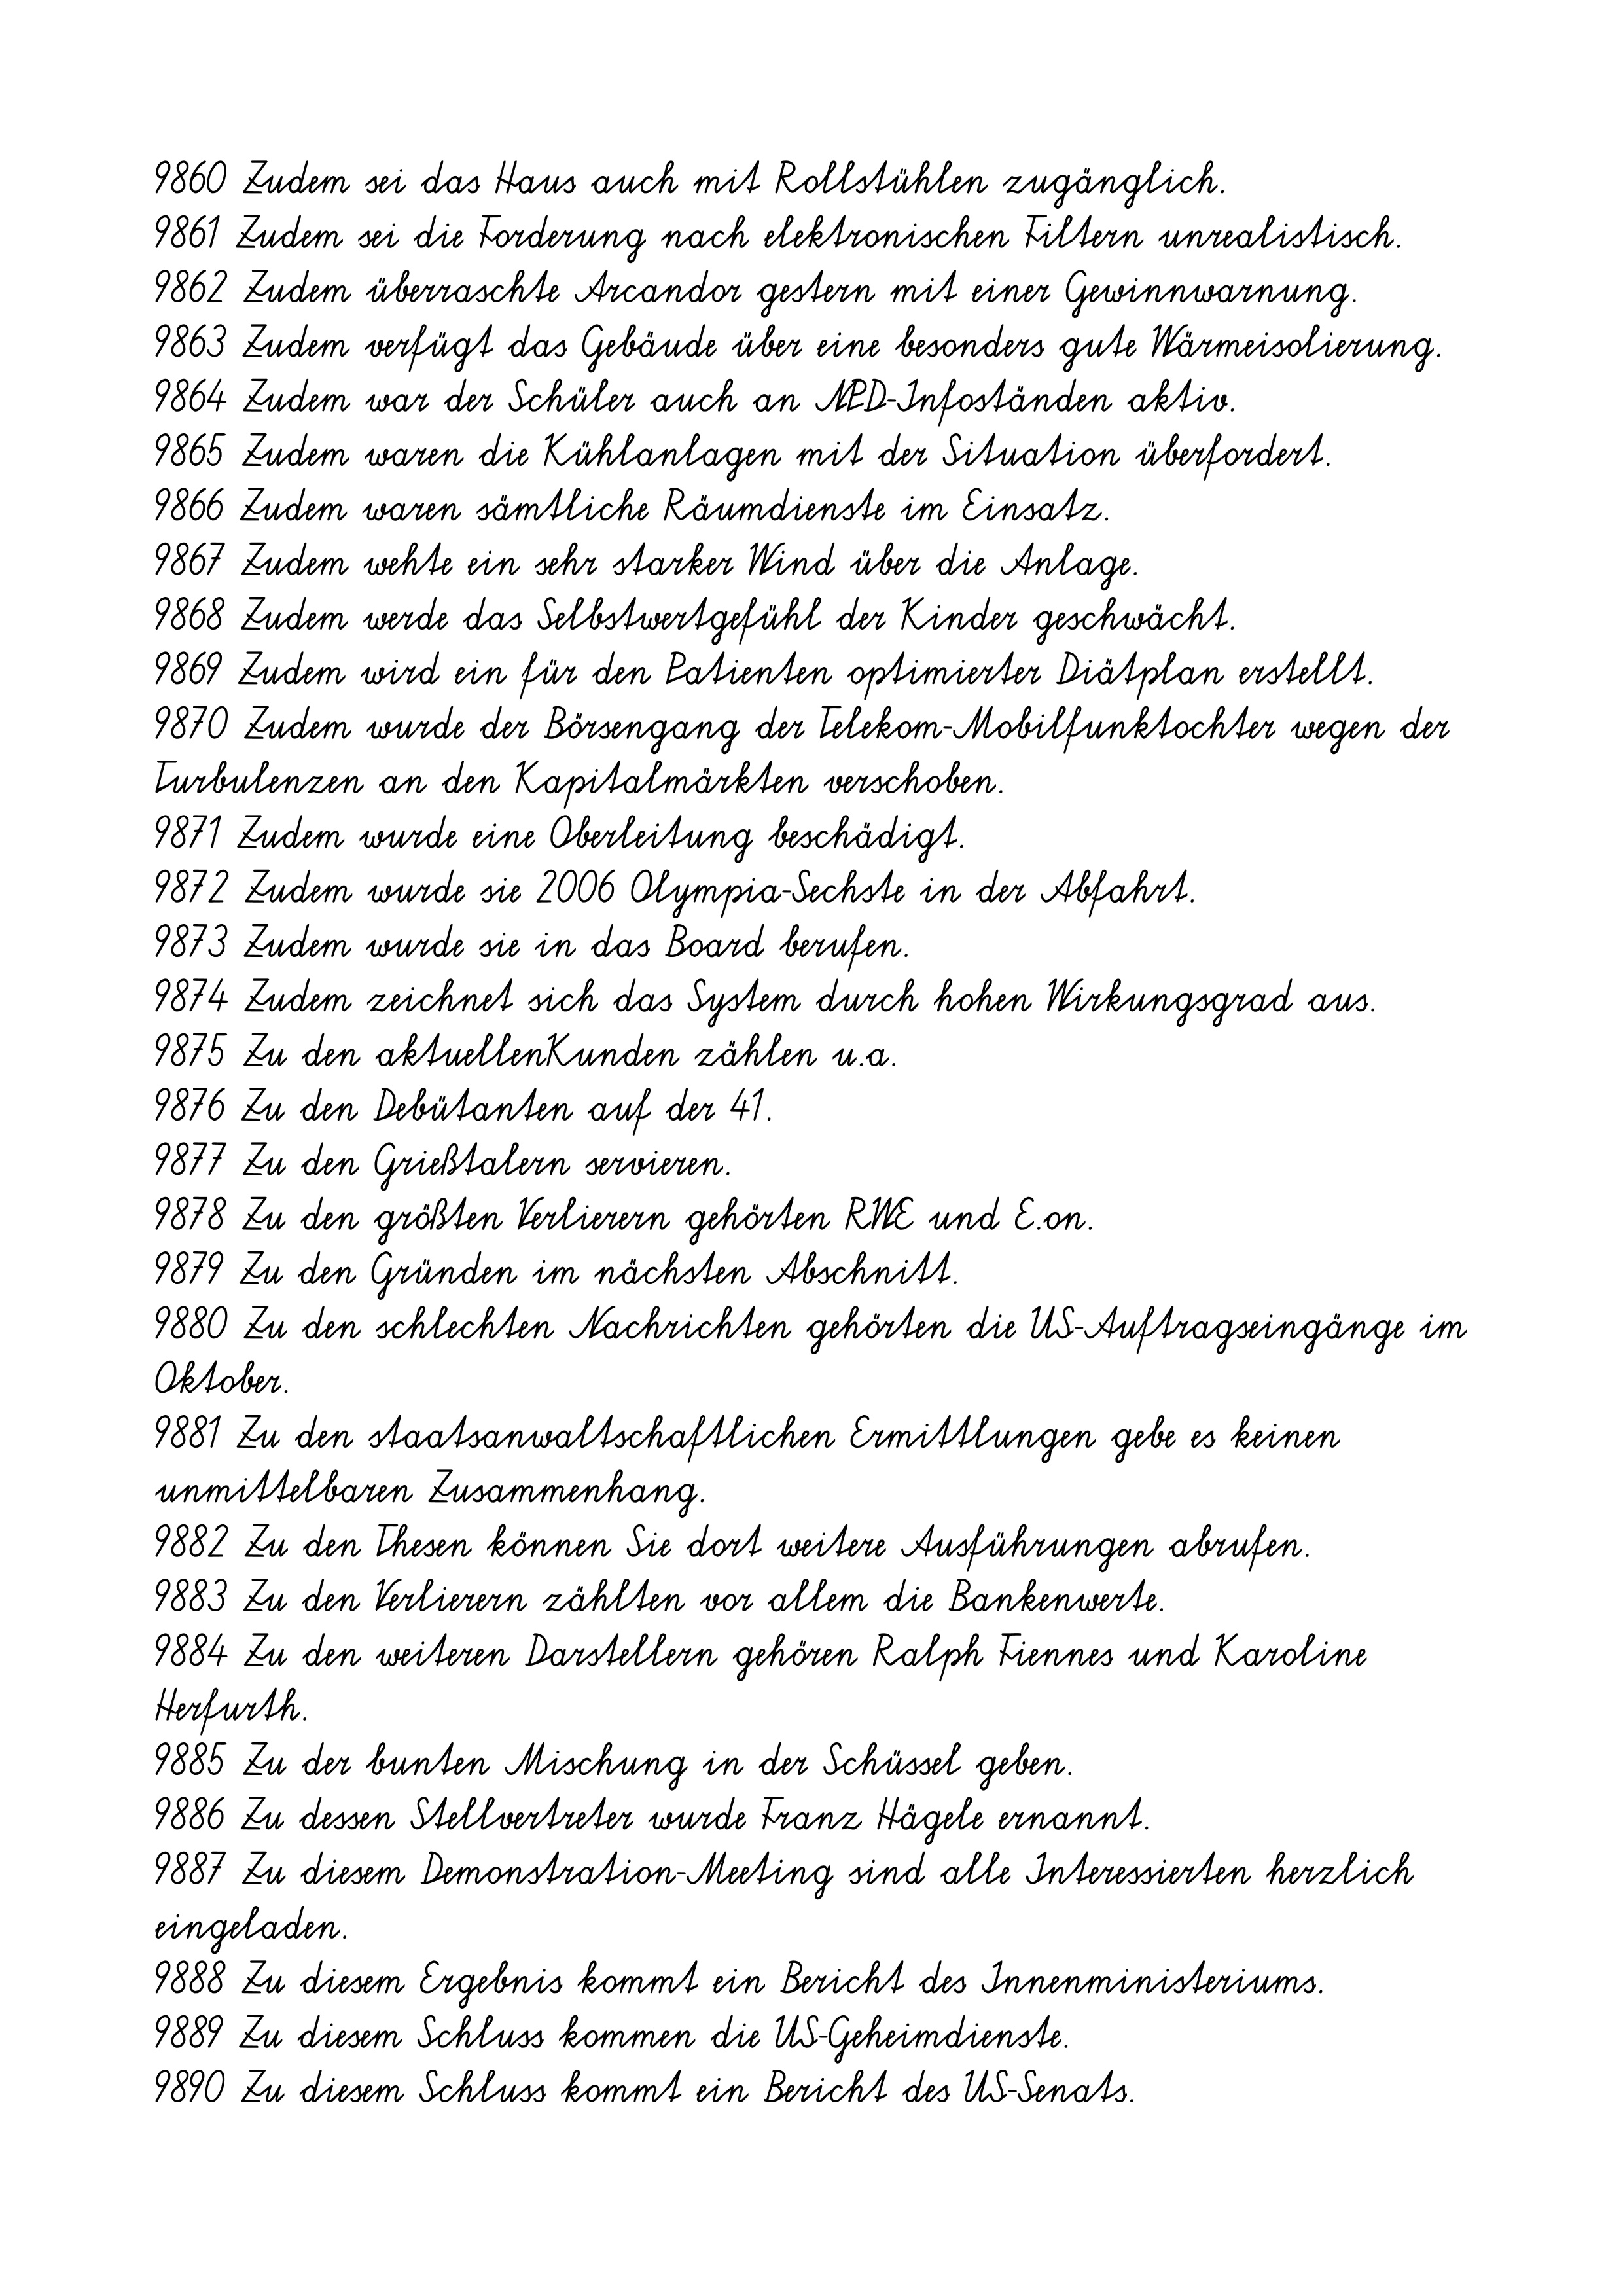
9860 Zudem sei das Haus auch mit Rollstühlen zugänglich.
9861 Zudem sei die Forderung nach elektronischen Filtern unrealistisch.
9862 Zudem überraschte Arcandor gestern mit einer Gewinnwarnung.
9863 Zudem verfügt das Gebäude über eine besonders gute Wärmeisolierung.
9864 Zudem war der Schüler auch an NPD-Infoständen aktiv.
9865 Zudem waren die Kühlanlagen mit der Situation überfordert.
9866 Zudem waren sämtliche Räumdienste im Einsatz.
9867 Zudem wehte ein sehr starker Wind über die Anlage.
9868 Zudem werde das Selbstwertgefühl der Kinder geschwächt.
9869 Zudem wird ein für den Patienten optimierter Diätplan erstellt.
9870 Zudem wurde der Börsengang der Telekom-Mobilfunktochter wegen der
Turbulenzen an den Kapitalmärkten verschoben.
9871 Zudem wurde eine Oberleitung beschädigt.
9872 Zudem wurde sie 2006 Olympia-Sechste in der Abfahrt.
9873 Zudem wurde sie in das Board berufen.
9874 Zudem zeichnet sich das System durch hohen Wirkungsgrad aus.
9875 Zu den aktuellenKunden zählen u.a.
9876 Zu den Debütanten auf der 41.
9877 Zu den Grießtalern servieren.
9878 Zu den größten Verlierern gehörten RWE und E.on.
9879 Zu den Gründen im nächsten Abschnitt.
9880 Zu den schlechten Nachrichten gehörten die US-Auftragseingänge im
Oktober.
9881 Zu den staatsanwaltschaftlichen Ermittlungen gebe es keinen
unmittelbaren Zusammenhang.
9882 Zu den Thesen können Sie dort weitere Ausführungen abrufen.
9883 Zu den Verlierern zählten vor allem die Bankenwerte.
9884 Zu den weiteren Darstellern gehören Ralph Fiennes und Karoline
Herfurth.
9885 Zu der bunten Mischung in der Schüssel geben.
9886 Zu dessen Stellvertreter wurde Franz Hägele ernannt.
9887 Zu diesem Demonstration-Meeting sind alle Interessierten herzlich
eingeladen.
9888 Zu diesem Ergebnis kommt ein Bericht des Innenministeriums.
9889 Zu diesem Schluss kommen die US-Geheimdienste.
9890 Zu diesem Schluss kommt ein Bericht des US-Senats.